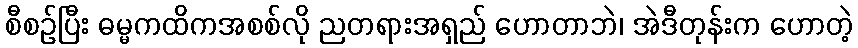
စီစဉ်ပြီး ဓမ္မကထိကအစစ်လို ညတရားအရှည် ဟောတာဘဲ၊ အဲဒီတုန်းက ဟောတဲ့